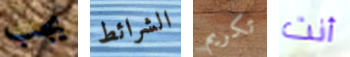
يجب الشرائط تكريم أنت